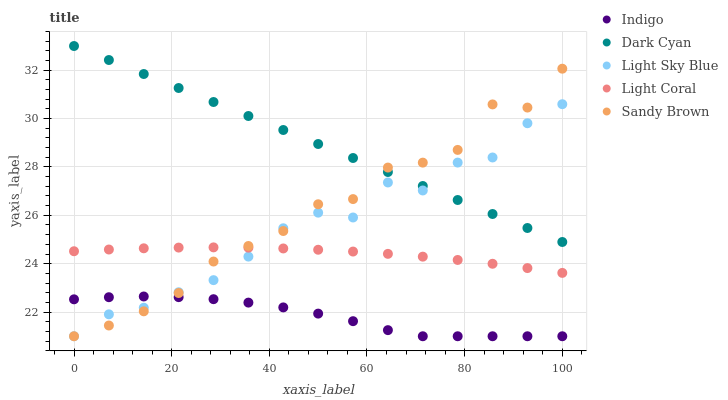
| xaxis_label | Indigo | Dark Cyan | Light Sky Blue | Light Coral | Sandy Brown |
 | --- | --- | --- | --- | --- | --- |
 | 0 | 22.5 | 33 | 21 | 24.5 | 21 |
 | 7.14 | 22.6 | 32.4 | 21.9 | 24.6 | 21.4 |
 | 14.3 | 22.6 | 31.8 | 22.2 | 24.6 | 22 |
 | 21.4 | 22.6 | 31.3 | 22.8 | 24.7 | 22.8 |
 | 28.6 | 22.5 | 30.7 | 23.3 | 24.7 | 24.1 |
 | 35.7 | 22.4 | 30.1 | 24.3 | 24.7 | 24.7 |
 | 42.9 | 22.2 | 29.5 | 25.5 | 24.6 | 25.4 |
 | 50 | 21.9 | 28.9 | 26.1 | 24.6 | 26.5 |
 | 57.1 | 21.6 | 28.4 | 25.9 | 24.5 | 26.7 |
 | 64.3 | 21.3 | 27.8 | 27.4 | 24.4 | 28 |
 | 71.4 | 21 | 27.2 | 27 | 24.3 | 28.2 |
 | 78.6 | 21 | 26.6 | 28.2 | 24.2 | 28.7 |
 | 85.7 | 21 | 26.1 | 28.4 | 24 | 30.6 |
 | 92.9 | 21 | 25.5 | 29.8 | 23.8 | 30.5 |
 | 100 | 21 | 24.9 | 30.6 | 23.6 | 32.1 |